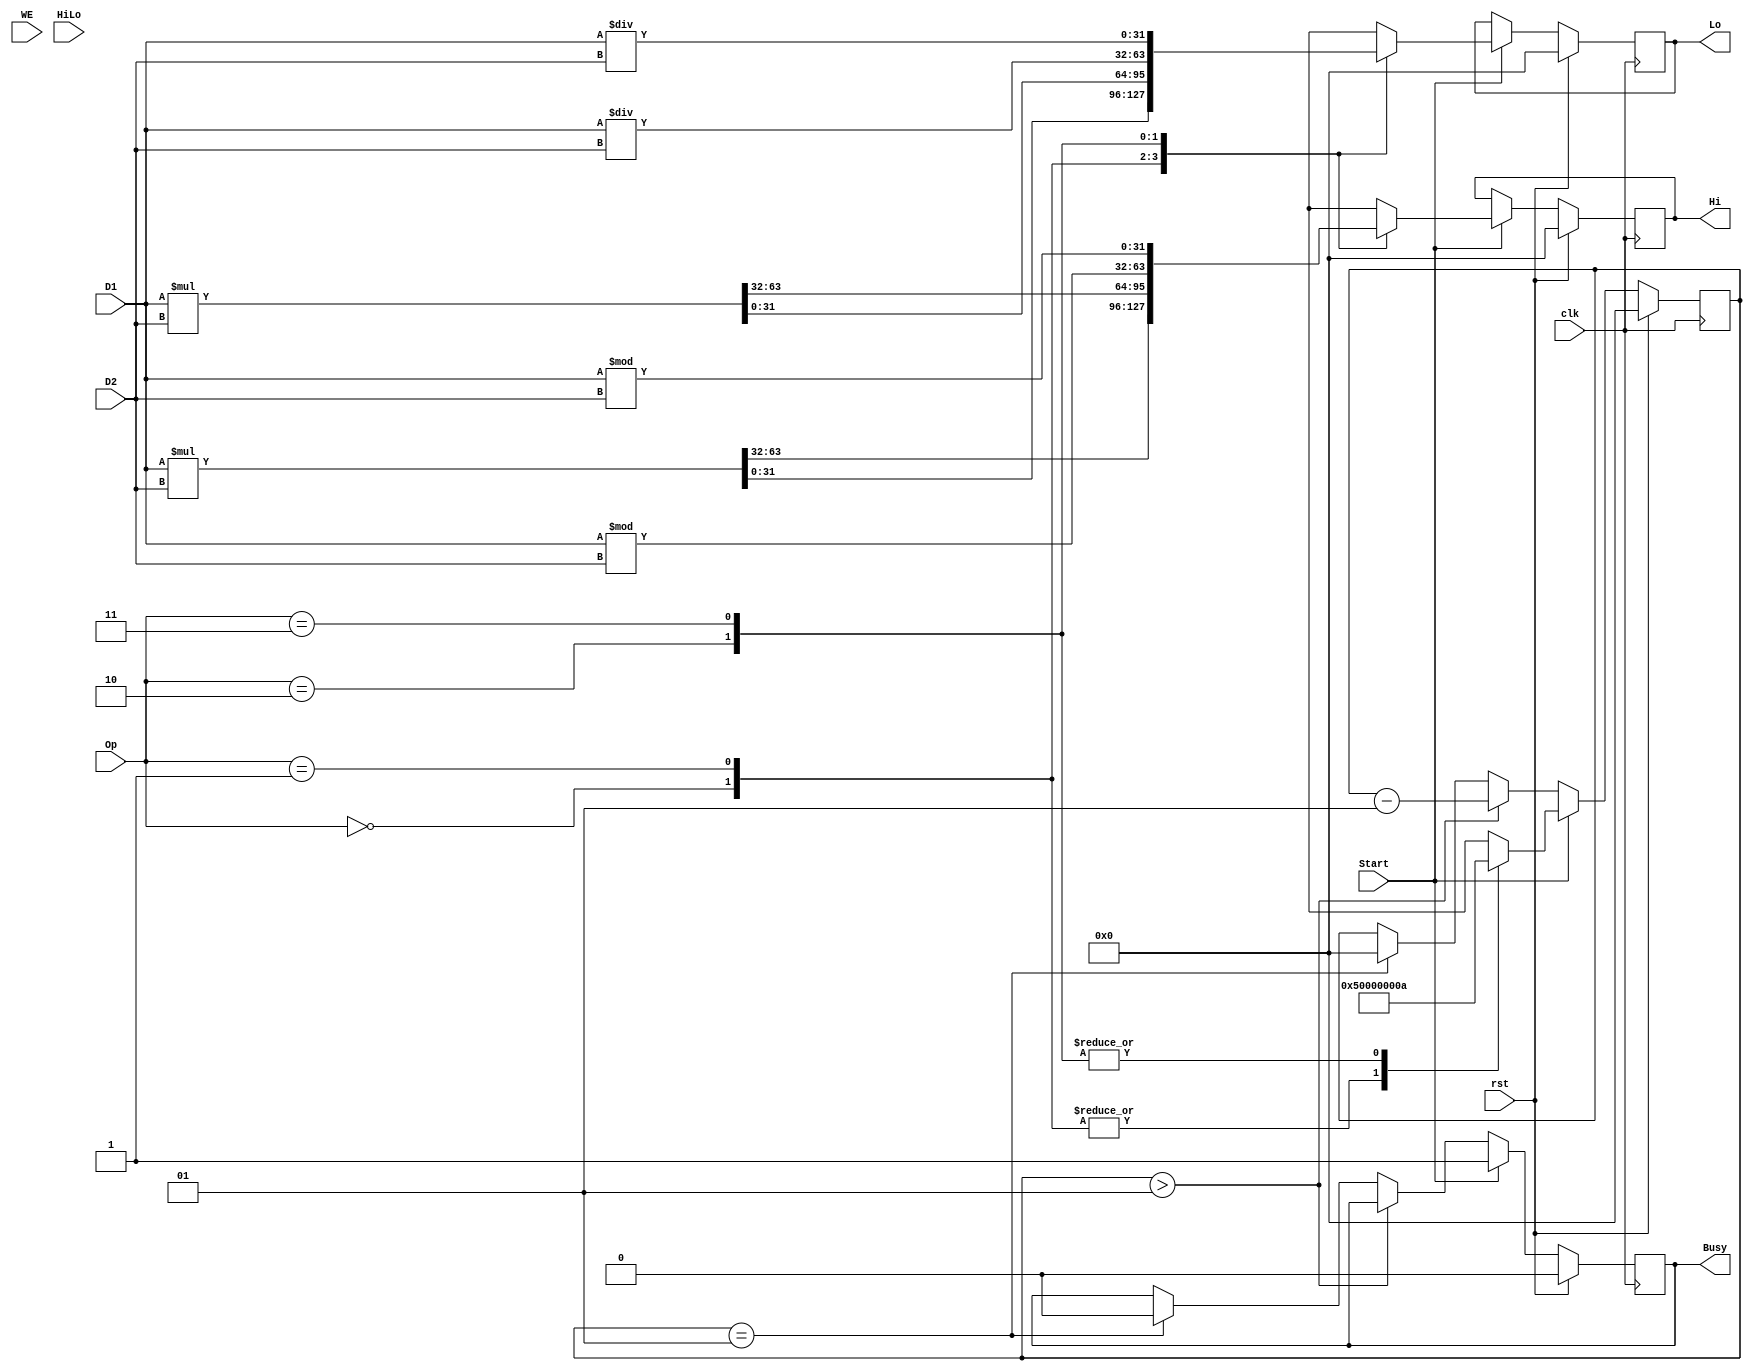
module MD(
  input               clk, rst,
  input       [31:0]  D1, D2,
  input               WE, HiLo, Start,
  input       [1:0]   Op,
  output  reg         Busy,
  output  reg [31:0]  Hi, Lo
  );
  
  integer i;
  
  initial
  begin
    Hi    <= 0;
    Lo    <= 0;
    Busy  <= 0;
    i     <= 0;
  end
  
  always @(posedge clk)
  begin
    if (rst)
    begin
      Hi    <= 0;
      Lo    <= 0;
      Busy  <= 0;
      i     <= 0;
    end
    else if (Start)
    begin
      Busy <= 1'b1;
      case (Op)
        2'b00:
        begin
          {Hi, Lo} <= D1 * D2;
          i <= 5;
        end
        2'b01:
        begin
          {Hi, Lo} <= $signed(D1) * $signed(D2);
          i <= 5;
        end
        2'b10:
        begin
          Lo <= D1 / D2;
          Hi <= D1 % D2;
          i <= 10;
        end
        2'b11:
        begin
          Lo <= $signed(D1) / $signed(D2);
          Hi <= $signed(D1) % $signed(D2);
          i <= 10;
        end
      endcase
    end
    else if (i > 1)
      i <= i - 1;
    else if (i == 1)
    begin
      Busy <= 1'b0;
      i <= 0;
    end
  end
  
endmodule